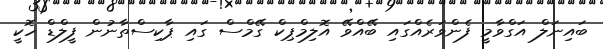
ބައިނަލް އަގްވާމީ ފެންވަރެއްގައި ބޭއްވޭ އޮލިމްޕިކް ގޭމްސް ގައި ޕާކިސްތާނުން ފީލްޑް ހޮކީ